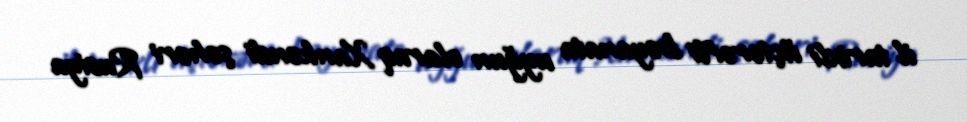
il tarixli üçtərəfli bəyanata uyğun olaraq Xankəndi şəhəri Rusiya